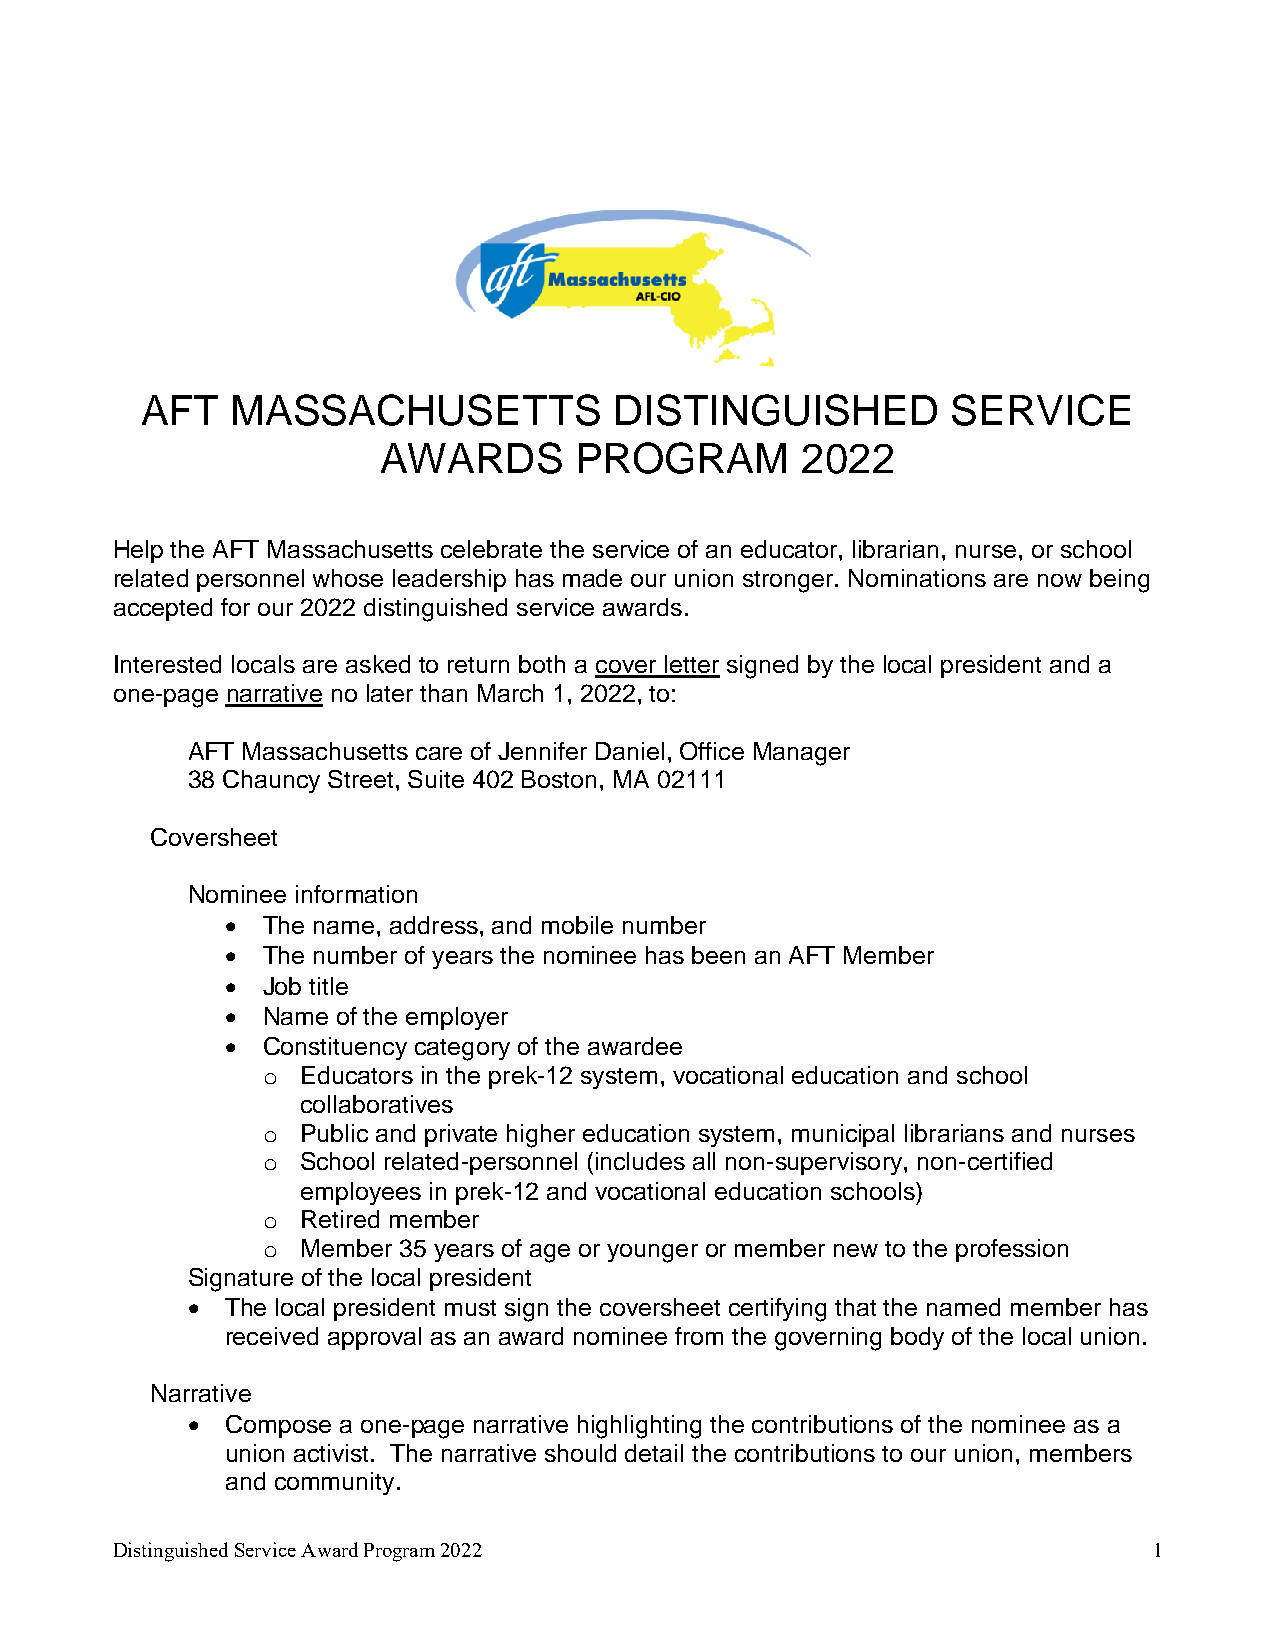
AFT   MASSACHUSETTS             DISTINGUISHED         SERVICE
 AWARDS       PROGRAM        2022
 Help the AFT Massachusetts celebrate the service of an educator, librarian, nurse, or school
 related personnel whose leadership has made our union stronger. Nominations are now being
 accepted for our 2022 distinguished service awards.
 Interested locals are asked to return both a cover letter signed by the local president and a
 one-page narrative no later than March 1, 2022, to:
 AFT Massachusetts care of Jennifer Daniel, Office Manager
 38 Chauncy Street, Suite 402 Boston, MA 02111
 Coversheet
 Nominee information
 • The name, address, and mobile number
 • The number of years the nominee has been an AFT Member
 • Job title
 • Name of the employer
 • Constituency category of the awardee
 o  Educators in the prek-12 system, vocational education and school
 collaboratives
 o  Public and private higher education system, municipal librarians and nurses
 o  School related-personnel (includes all non-supervisory, non-certified
 employees in prek-12 and vocational education schools)
 o  Retired member
 o  Member 35 years of age or younger or member new to the profession
 Signature of the local president
 •  The local president must sign the coversheet certifying that the named member has
 received approval as an award nominee from the governing body of the local union.
 Narrative
 •  Compose a one-page narrative highlighting the contributions of the nominee as a
 union activist. The narrative should detail the contributions to our union, members
 and community.
 Distinguished Service Award Program 2022                             1